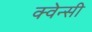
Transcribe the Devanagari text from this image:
क्वेन्सी